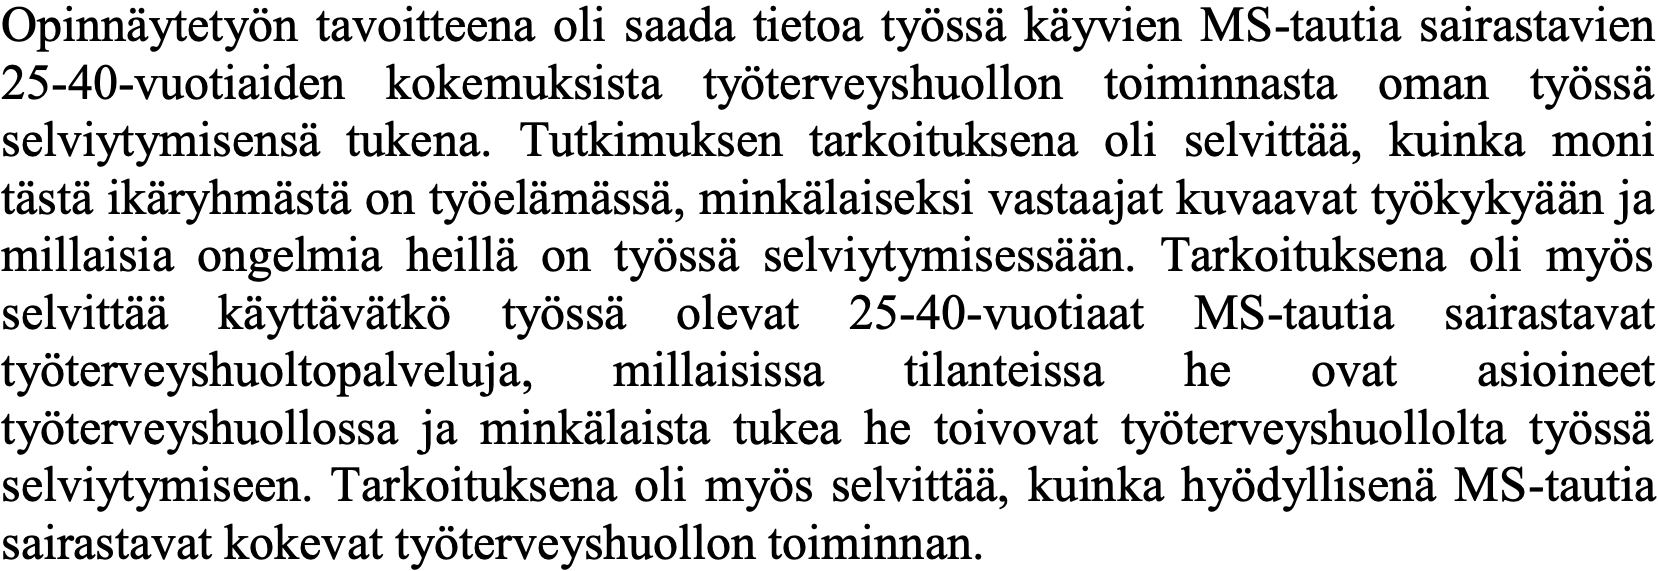
Opinnäytetyön tavoitteena oli saada tietoa työssä käyvien MS-tautia sairastavien 25-40-vuotiaiden kokemuksista työterveyshuollon toiminnasta oman työssä selviytymisensä tukena. Tutkimuksen tarkoituksena oli selvittää, kuinka moni tästä ikäryhmästä on työelämässä, minkälaiseksi vastaajat kuvaavat työkykyään ja millaisia ongelmia heillä on työssä selviytymisessään. Tarkoituksena oli myös selvittää käyttävätkö työssä olevat 25-40-vuotiaat MS-tautia sairastavat työterveyshuoltopalveluja, millaisissa tilanteissa he ovat asioineet työterveyshuollossa ja minkälaista tukea he toivovat työterveyshuollolta työssä selviytymiseen. Tarkoituksena oli myös selvittää, kuinka hyödyllisenä MS-tautia sairastavat kokevat työterveyshuollon toiminnan.